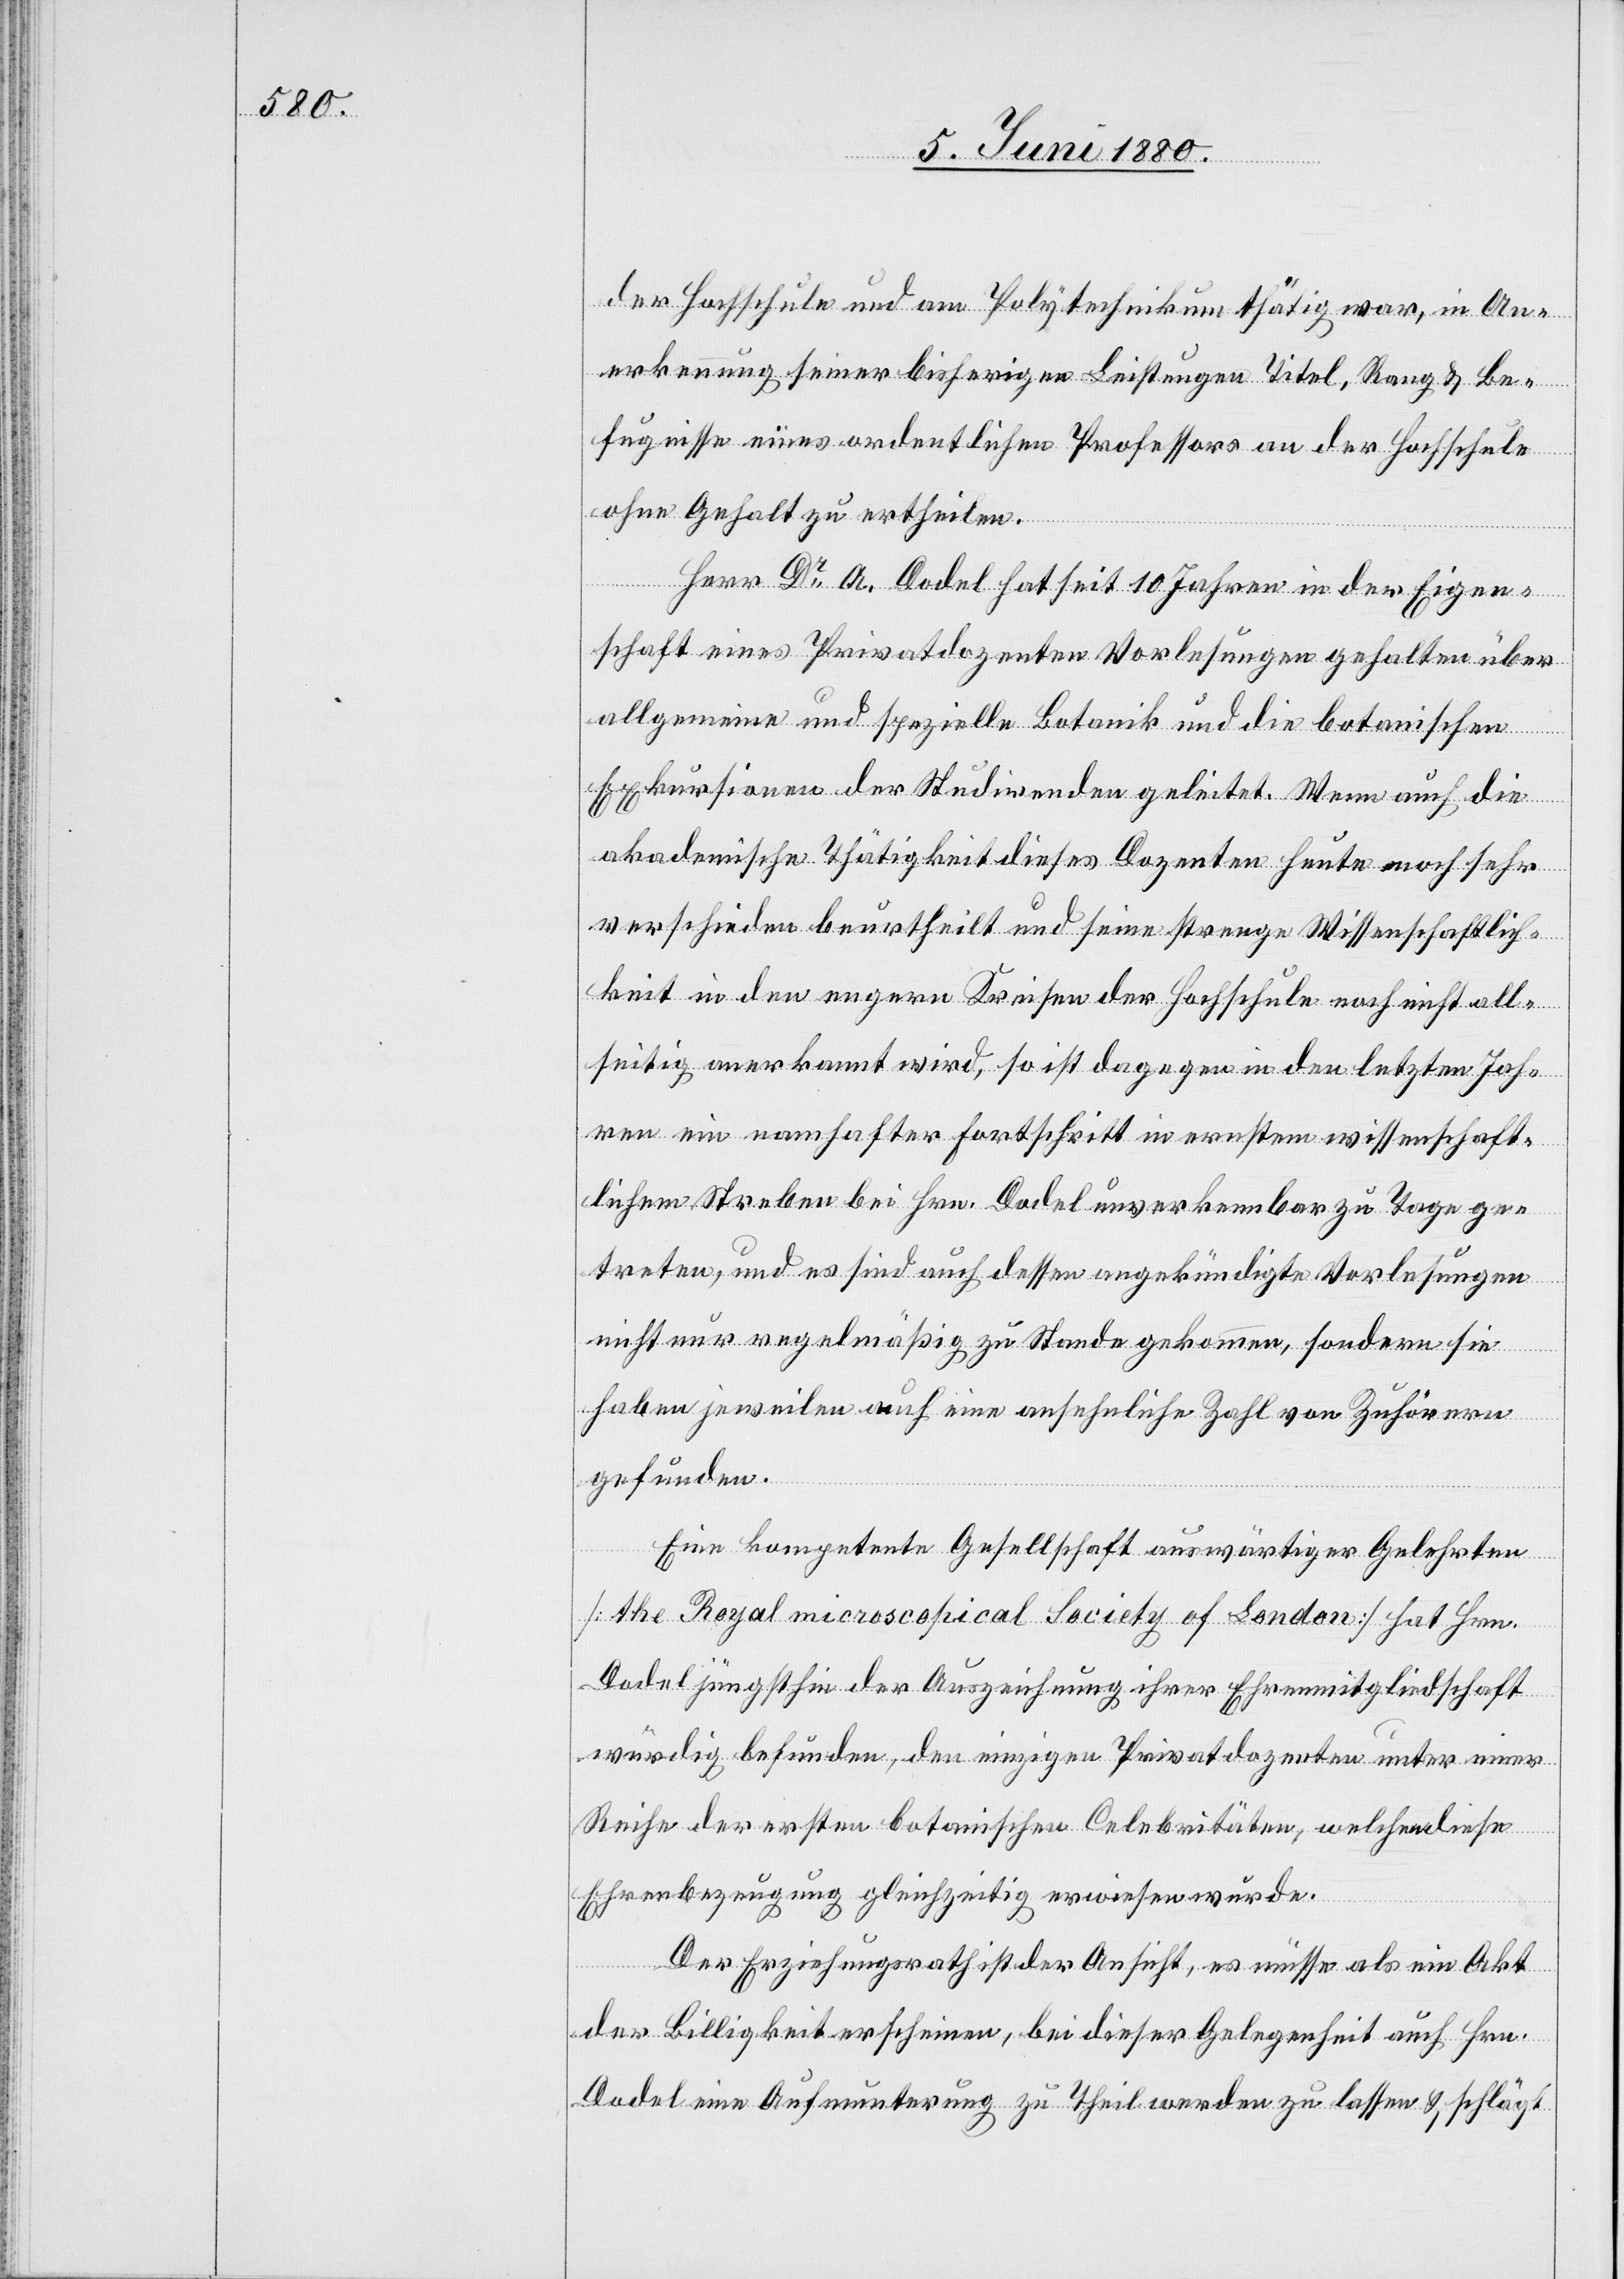
der Hochschule und am Polytechnikum thätig war, in An¬
erkennung seiner bisherigen Leistungen Titel, Rang & Be¬
fugnisse eines ordentlichen Professors an der Hochschule
ohne Gehalt zu ertheilen.
Herr Dr A. Dodel hat seit 10 Jahren in der Eigen¬
schaft eines Privatdozenten Vorlesungen gehalten über
allgemeine und spezielle Botanik und die botanischen
Exkursionen der Studirenden geleitet. Wenn auch die
akademische Thätigkeit und seine strenge Wissenschaftlich¬
keit in den engern Kreisen der Hochschule noch nicht all¬
seitig anerkannt wird, so ist dagegen in den letzten Jah¬
ren ein namhafter Fortschritt in ernstem wissenschaft¬
lichem Streben bei Hrn. Dodel unverkennbar zu Tage ge¬
treten, und es sind auch dessen angekündigte Vorlesungen
nicht nur regelmäßig zu Stande gekommen, sondern sie
haben jeweilen auch eine ansehnliche Zahl von Zuhörern
gefunden.
Eine kompetente Gesellschaft auswärtiger Gelehrter
[the Royal microscopical Society of London] hat Hrn.
Dodel jüngsthin der Auszeichnung ihrer Ehrenmitgliedschaft
würdig befunden, den einzigen Privatdozenten unter einer
Reihe der ersten botanischen Celebritäten, welchen diese
Ehrenbezeugung gleichzeitig erwiesen wurde.
Der Erziehungsrath ist der Ansicht, es müsse als ein Akt
der Billigkeit erscheinen, bei dieser Gelegenheit auch Hrn.
Dodel eine Aufmunterung zu Theil werden zu lassen & schlägt